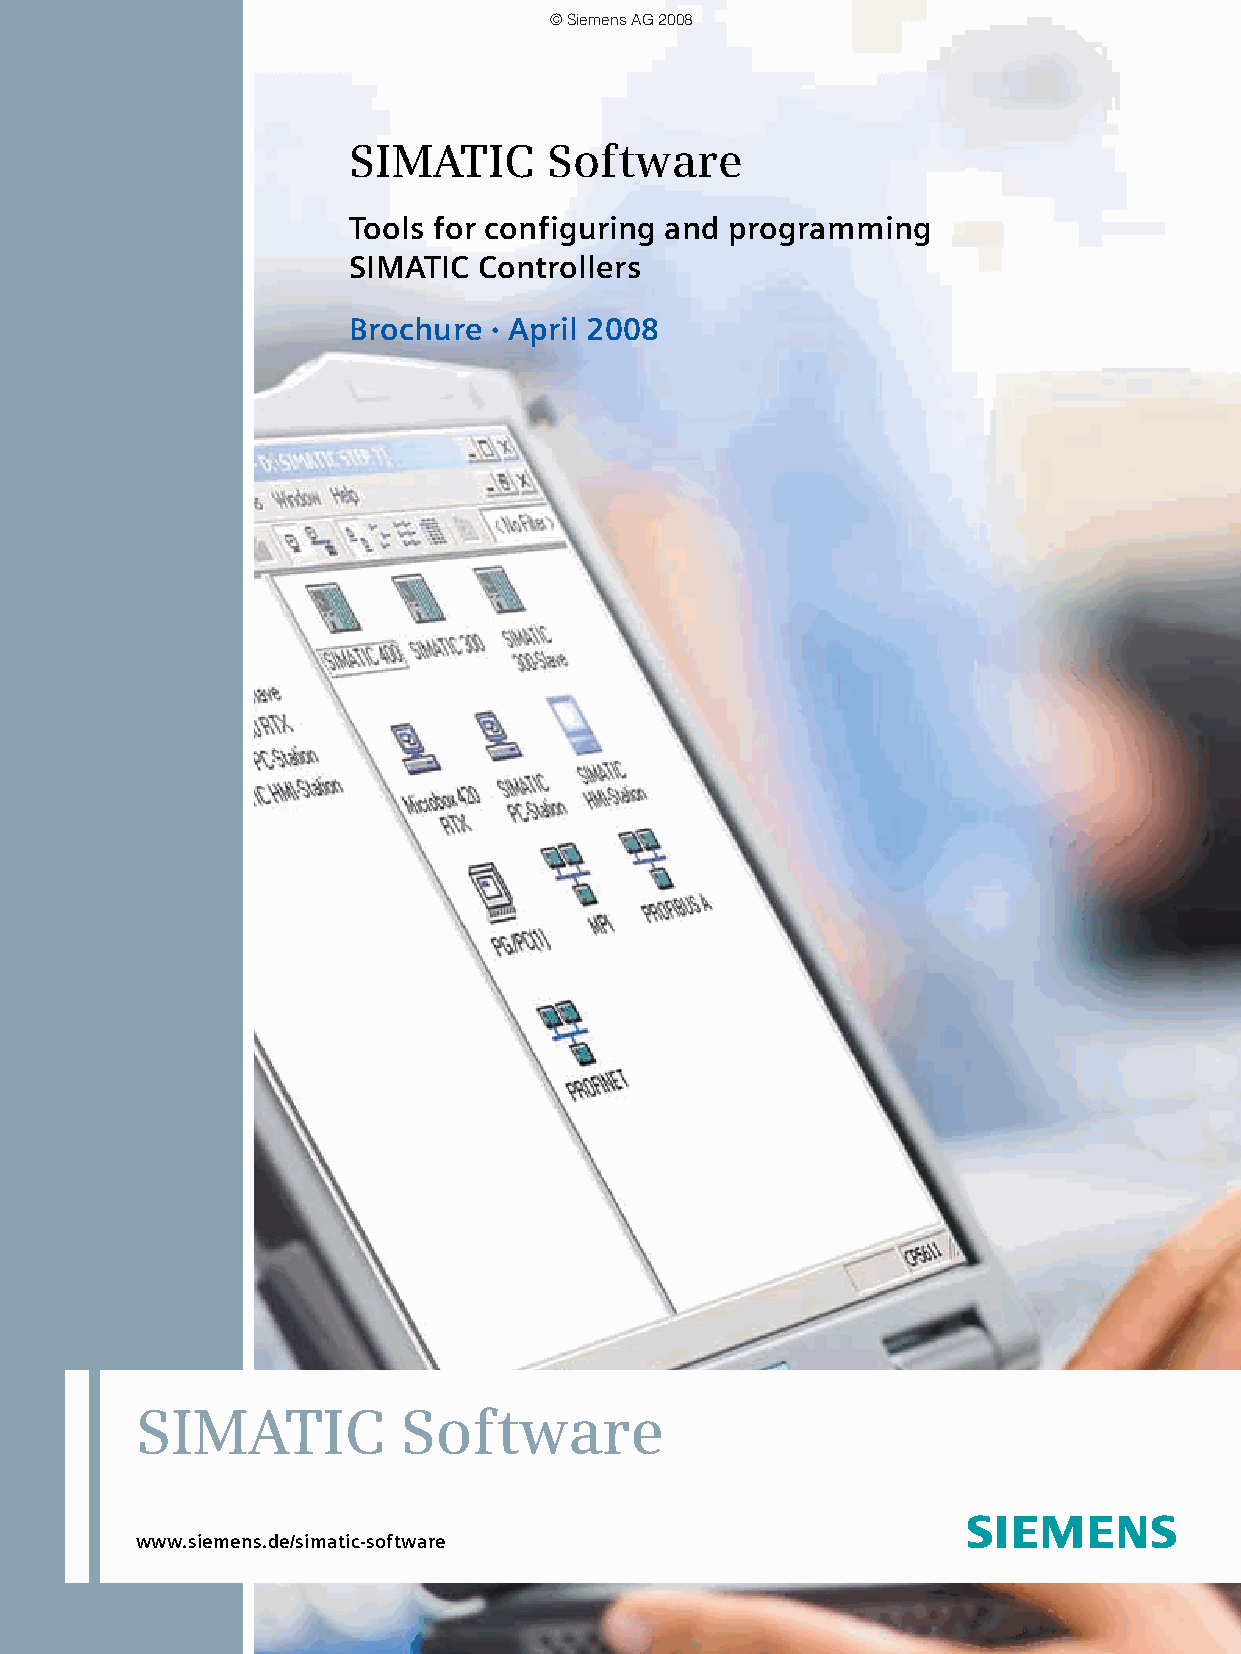
© Siemens AG 2008
 SIMATIC      Software
 Tools for configuring and programming
 SIMATIC  Controllers
 Brochure   April 2008
 •
 SIMATIC          Software
 www.siemens.de/simatic-software